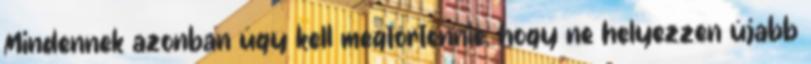
Mindennek azonban úgy kell megtörténnie, hogy ne helyezzen újabb